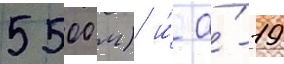
5500 м) и́ а́-19